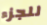
للجزء